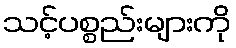
သင့်ပစ္စည်းများကို